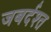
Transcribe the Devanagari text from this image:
जबर्दश्त